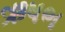
ઋષભ